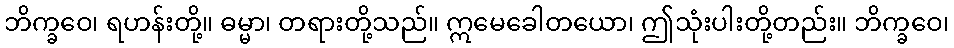
ဘိက္ခဝေ၊ ရဟန်းတို့။ ဓမ္မာ၊ တရားတို့သည်။ ဣမေခေါတယော၊ ဤသုံးပါးတို့တည်း။ ဘိက္ခဝေ၊